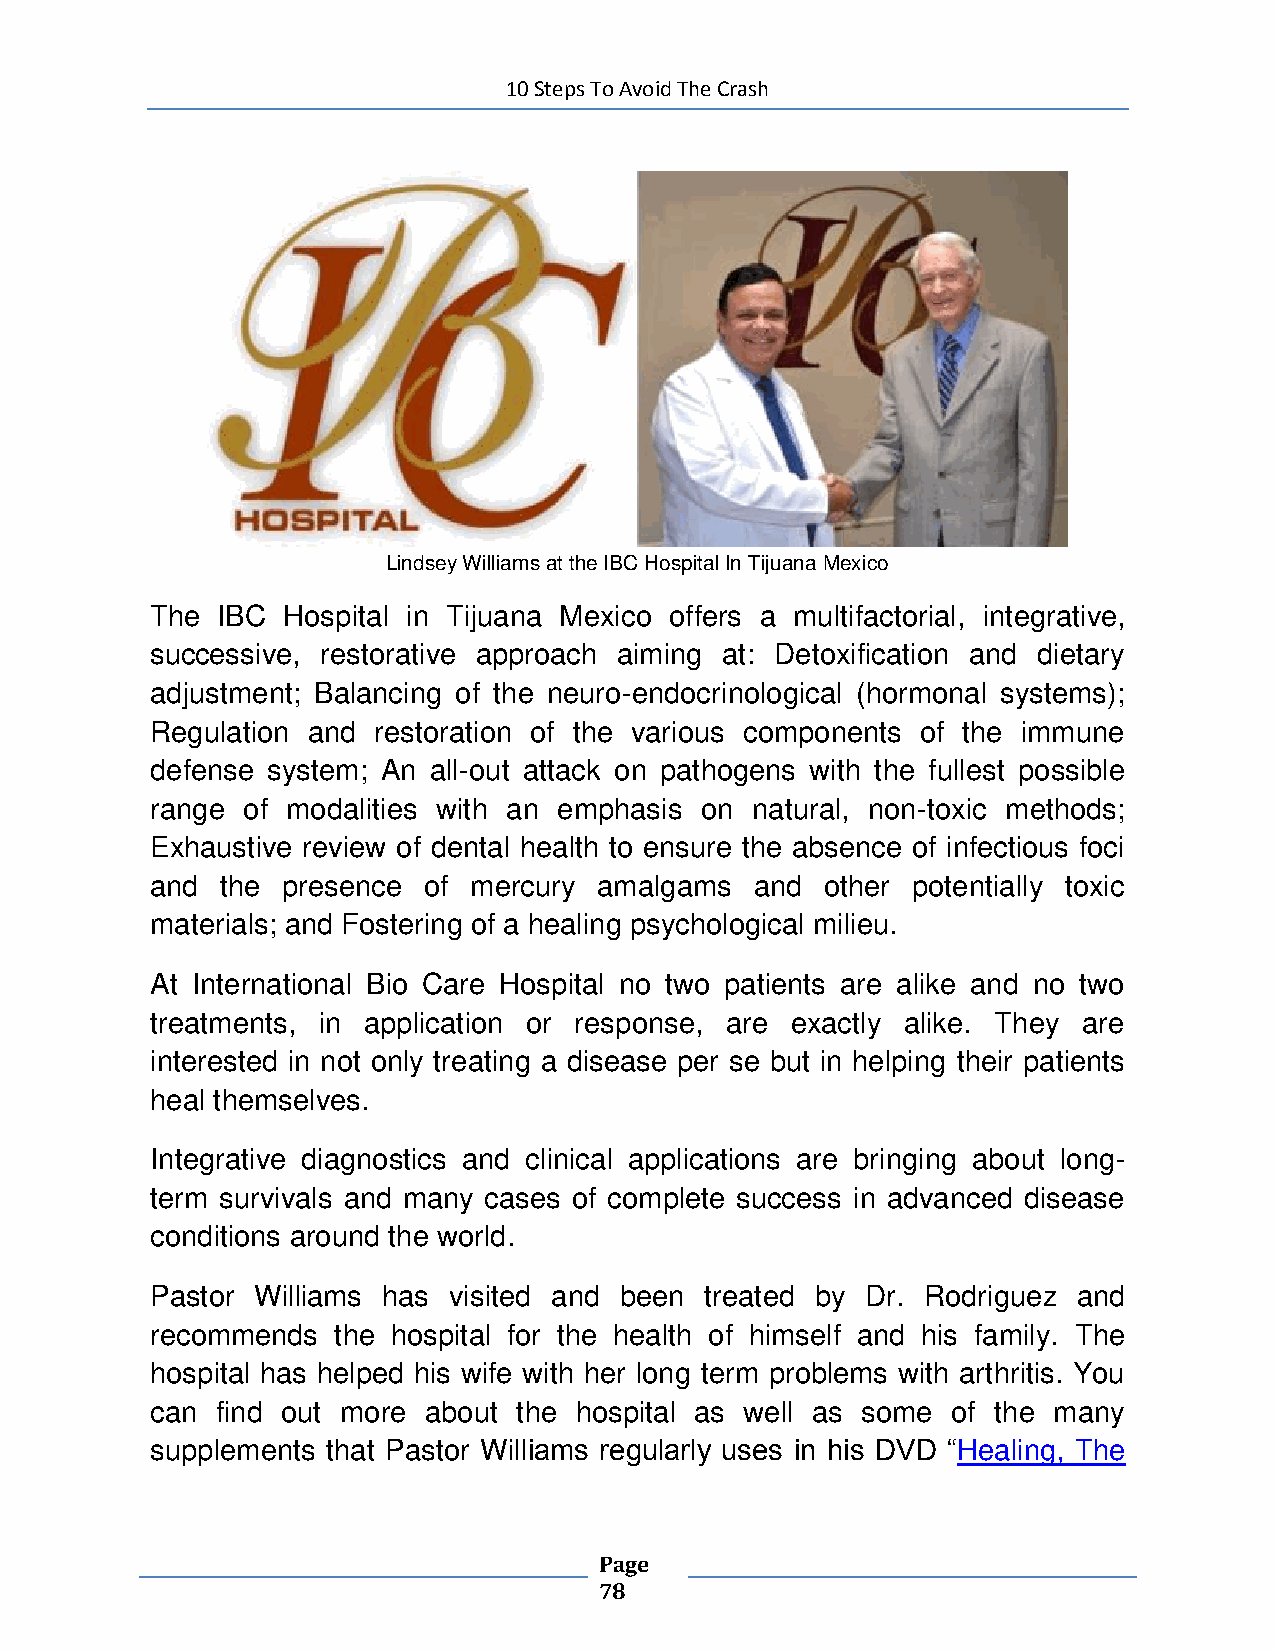
10 Steps To Avoid The Crash
 Lindsey Williams at the IBC Hospital In Tijuana Mexico
 The IBC  Hospital in Tijuana Mexico offers a multifactorial, integrative,
 successive, restorative approach aiming at: Detoxification and dietary
 adjustment; Balancing of the neuro-endocrinological (hormonal systems);
 Regulation and restoration of the various components of the immune
 defense system; An all-out attack on pathogens with the fullest possible
 range of modalities with an emphasis on natural, non-toxic methods;
 Exhaustive review of dental health to ensure the absence of infectious foci
 and  the presence of mercury  amalgams  and  other potentially toxic
 materials; and Fostering of a healing psychological milieu.
 At International Bio Care Hospital no two patients are alike and no two
 treatments, in application or response, are exactly alike. They are
 interested in not only treating a disease per se but in helping their patients
 heal themselves.
 Integrative diagnostics and clinical applications are bringing about long-
 term survivals and many cases of complete success in advanced disease
 conditions around the world.
 Pastor Williams has visited and been treated by Dr. Rodriguez and
 recommends  the hospital for the health of himself and his family. The
 hospital has helped his wife with her long term problems with arthritis. You
 can find out more about the hospital as well as some of the many
 supplements that Pastor Williams regularly uses in his DVD “Healing, The
 Page
 78